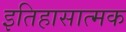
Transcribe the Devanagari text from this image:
इतिहासात्मक